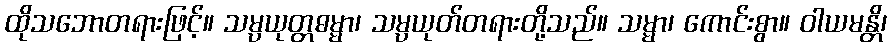
ထိုသဘောတရားဖြင့်။ သမ္ပယုတ္တဓမ္မာ၊ သမ္ပယုတ်တရားတို့သည်။ သမ္မာ၊ ကောင်းစွာ။ ဝါယမန္တိ၊